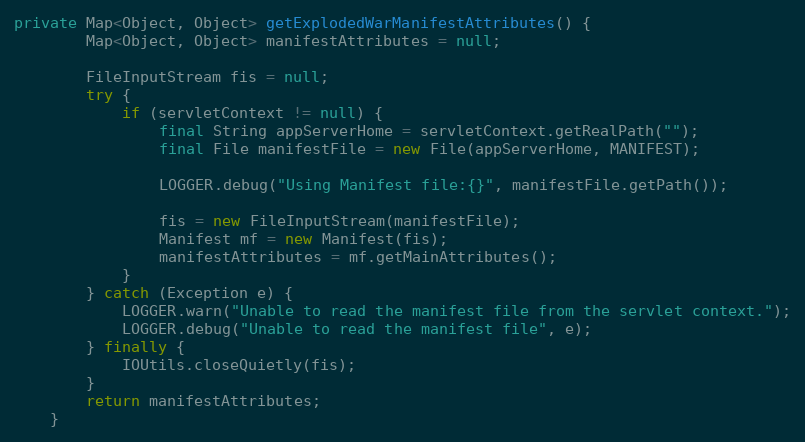
Language: Java
private Map<Object, Object> getExplodedWarManifestAttributes() {
	    Map<Object, Object> manifestAttributes = null;

	    FileInputStream fis = null;
	    try {
            if (servletContext != null) {
                final String appServerHome = servletContext.getRealPath("");
                final File manifestFile = new File(appServerHome, MANIFEST);

                LOGGER.debug("Using Manifest file:{}", manifestFile.getPath());

                fis = new FileInputStream(manifestFile);
                Manifest mf = new Manifest(fis);
                manifestAttributes = mf.getMainAttributes();
            }
        } catch (Exception e) {
            LOGGER.warn("Unable to read the manifest file from the servlet context.");
            LOGGER.debug("Unable to read the manifest file", e);
        } finally {
            IOUtils.closeQuietly(fis);
        }
        return manifestAttributes;
	}